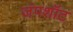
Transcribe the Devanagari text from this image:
जंपशॉट